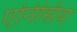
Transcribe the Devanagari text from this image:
एनिसिय